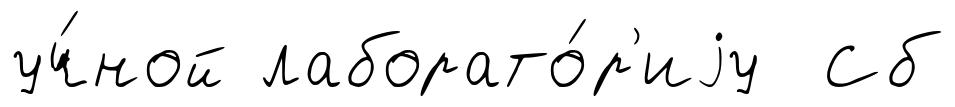
уч́ной лаборато́р'иjу Сб